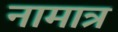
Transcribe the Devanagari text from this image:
नामात्र